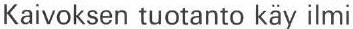
Kaivoksen tuotanto käy ilmi